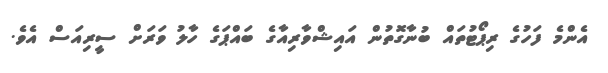
އެންމެ ފަހުގެ ރިޕޯޓުތައް ބުނާގޮތުން އައިޝްވާރިއާގެ ބައްޕަގެ ހާލު ވަރަށް ސީރިއަސް އެވެ.